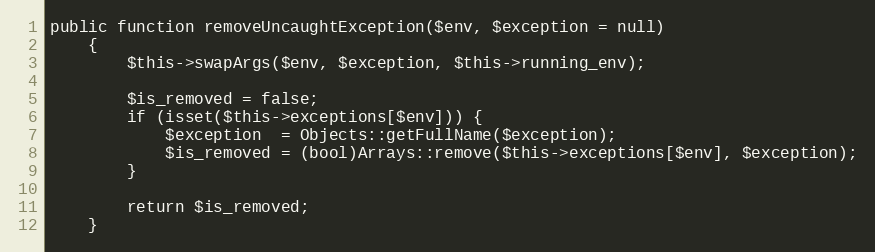
Language: PHP
public function removeUncaughtException($env, $exception = null)
    {
        $this->swapArgs($env, $exception, $this->running_env);

        $is_removed = false;
        if (isset($this->exceptions[$env])) {
            $exception  = Objects::getFullName($exception);
            $is_removed = (bool)Arrays::remove($this->exceptions[$env], $exception);
        }

        return $is_removed;
    }